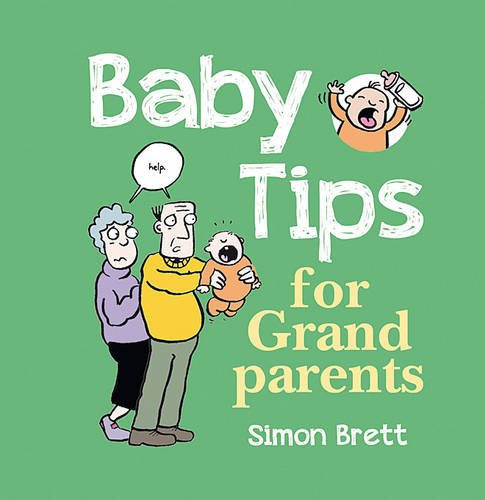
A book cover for Baby Tips for Grandparents; Simon Brett; Parenting & Relationships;